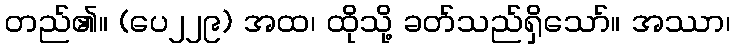
တည်၏။ (ပေ၂၂၉) အထ၊ ထိုသို့ ခတ်သည်ရှိသော်။ အဿာ၊